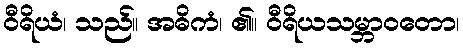
ဝီရိယံ၊ သည်။ အဓိကံ၊ ၏။ ဝီရိယသမ္ဘာဝတော၊